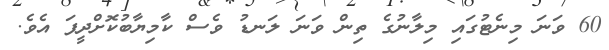
60 ވަނަ މިނެޓުގައި މިލާނުގެ ތިން ވަނަ ލަނޑު ވެސް ކާމިޔާބުކޮށްދީފަ އެވެ.